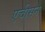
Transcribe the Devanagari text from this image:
एचीसन